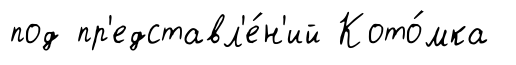
под пр'едставл'е́н'ий Кото́мка